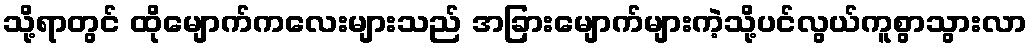
သို့ရာတွင် ထိုမျောက်ကလေးများသည် အခြားမျောက်များကဲ့သို့ပင်လွယ်ကူစွာသွားလာ